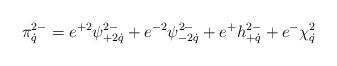
LaTeX: \begin{align*}\pi^{2-}_{\dot q}=e^{+2}\psi^{2-}_{+2\dot q}+e^{-2}\psi^{2-}_{-2\dot q}+e^+h^{2-}_{+\dot q}+e^-\chi^2_{\dot q}\end{align*}